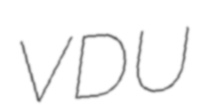
VDU